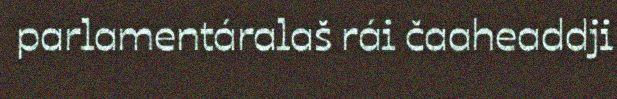
parlamentáralaš rái čaaheaddji